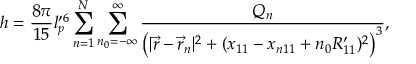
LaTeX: h = \frac { 8 \pi } { 1 5 } l _ { p } ^ { \prime 6 } \sum _ { n = 1 } ^ { N } \sum _ { n _ { 0 } = - \infty } ^ { \infty } \frac { Q _ { n } } { \left( | \vec { r } - \vec { r } _ { n } | ^ { 2 } + ( x _ { 1 1 } - x _ { n 1 1 } + n _ { 0 } R _ { 1 1 } ^ { \prime } ) ^ { 2 } \right) ^ { 3 } } ,